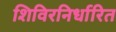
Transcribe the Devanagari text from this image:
शिविरनिर्धारित